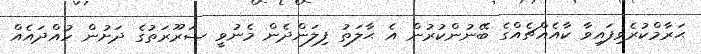
ޙަރާމްކުރެވިފައިވާ ކާއެއްޗެއްގެ ބޭނުންކުރުން އެ ޙާލަތު ފިލަންދެން މެނުވީ ޟަރޫރަތުގެ ދަށުން ހުއްދައެއް